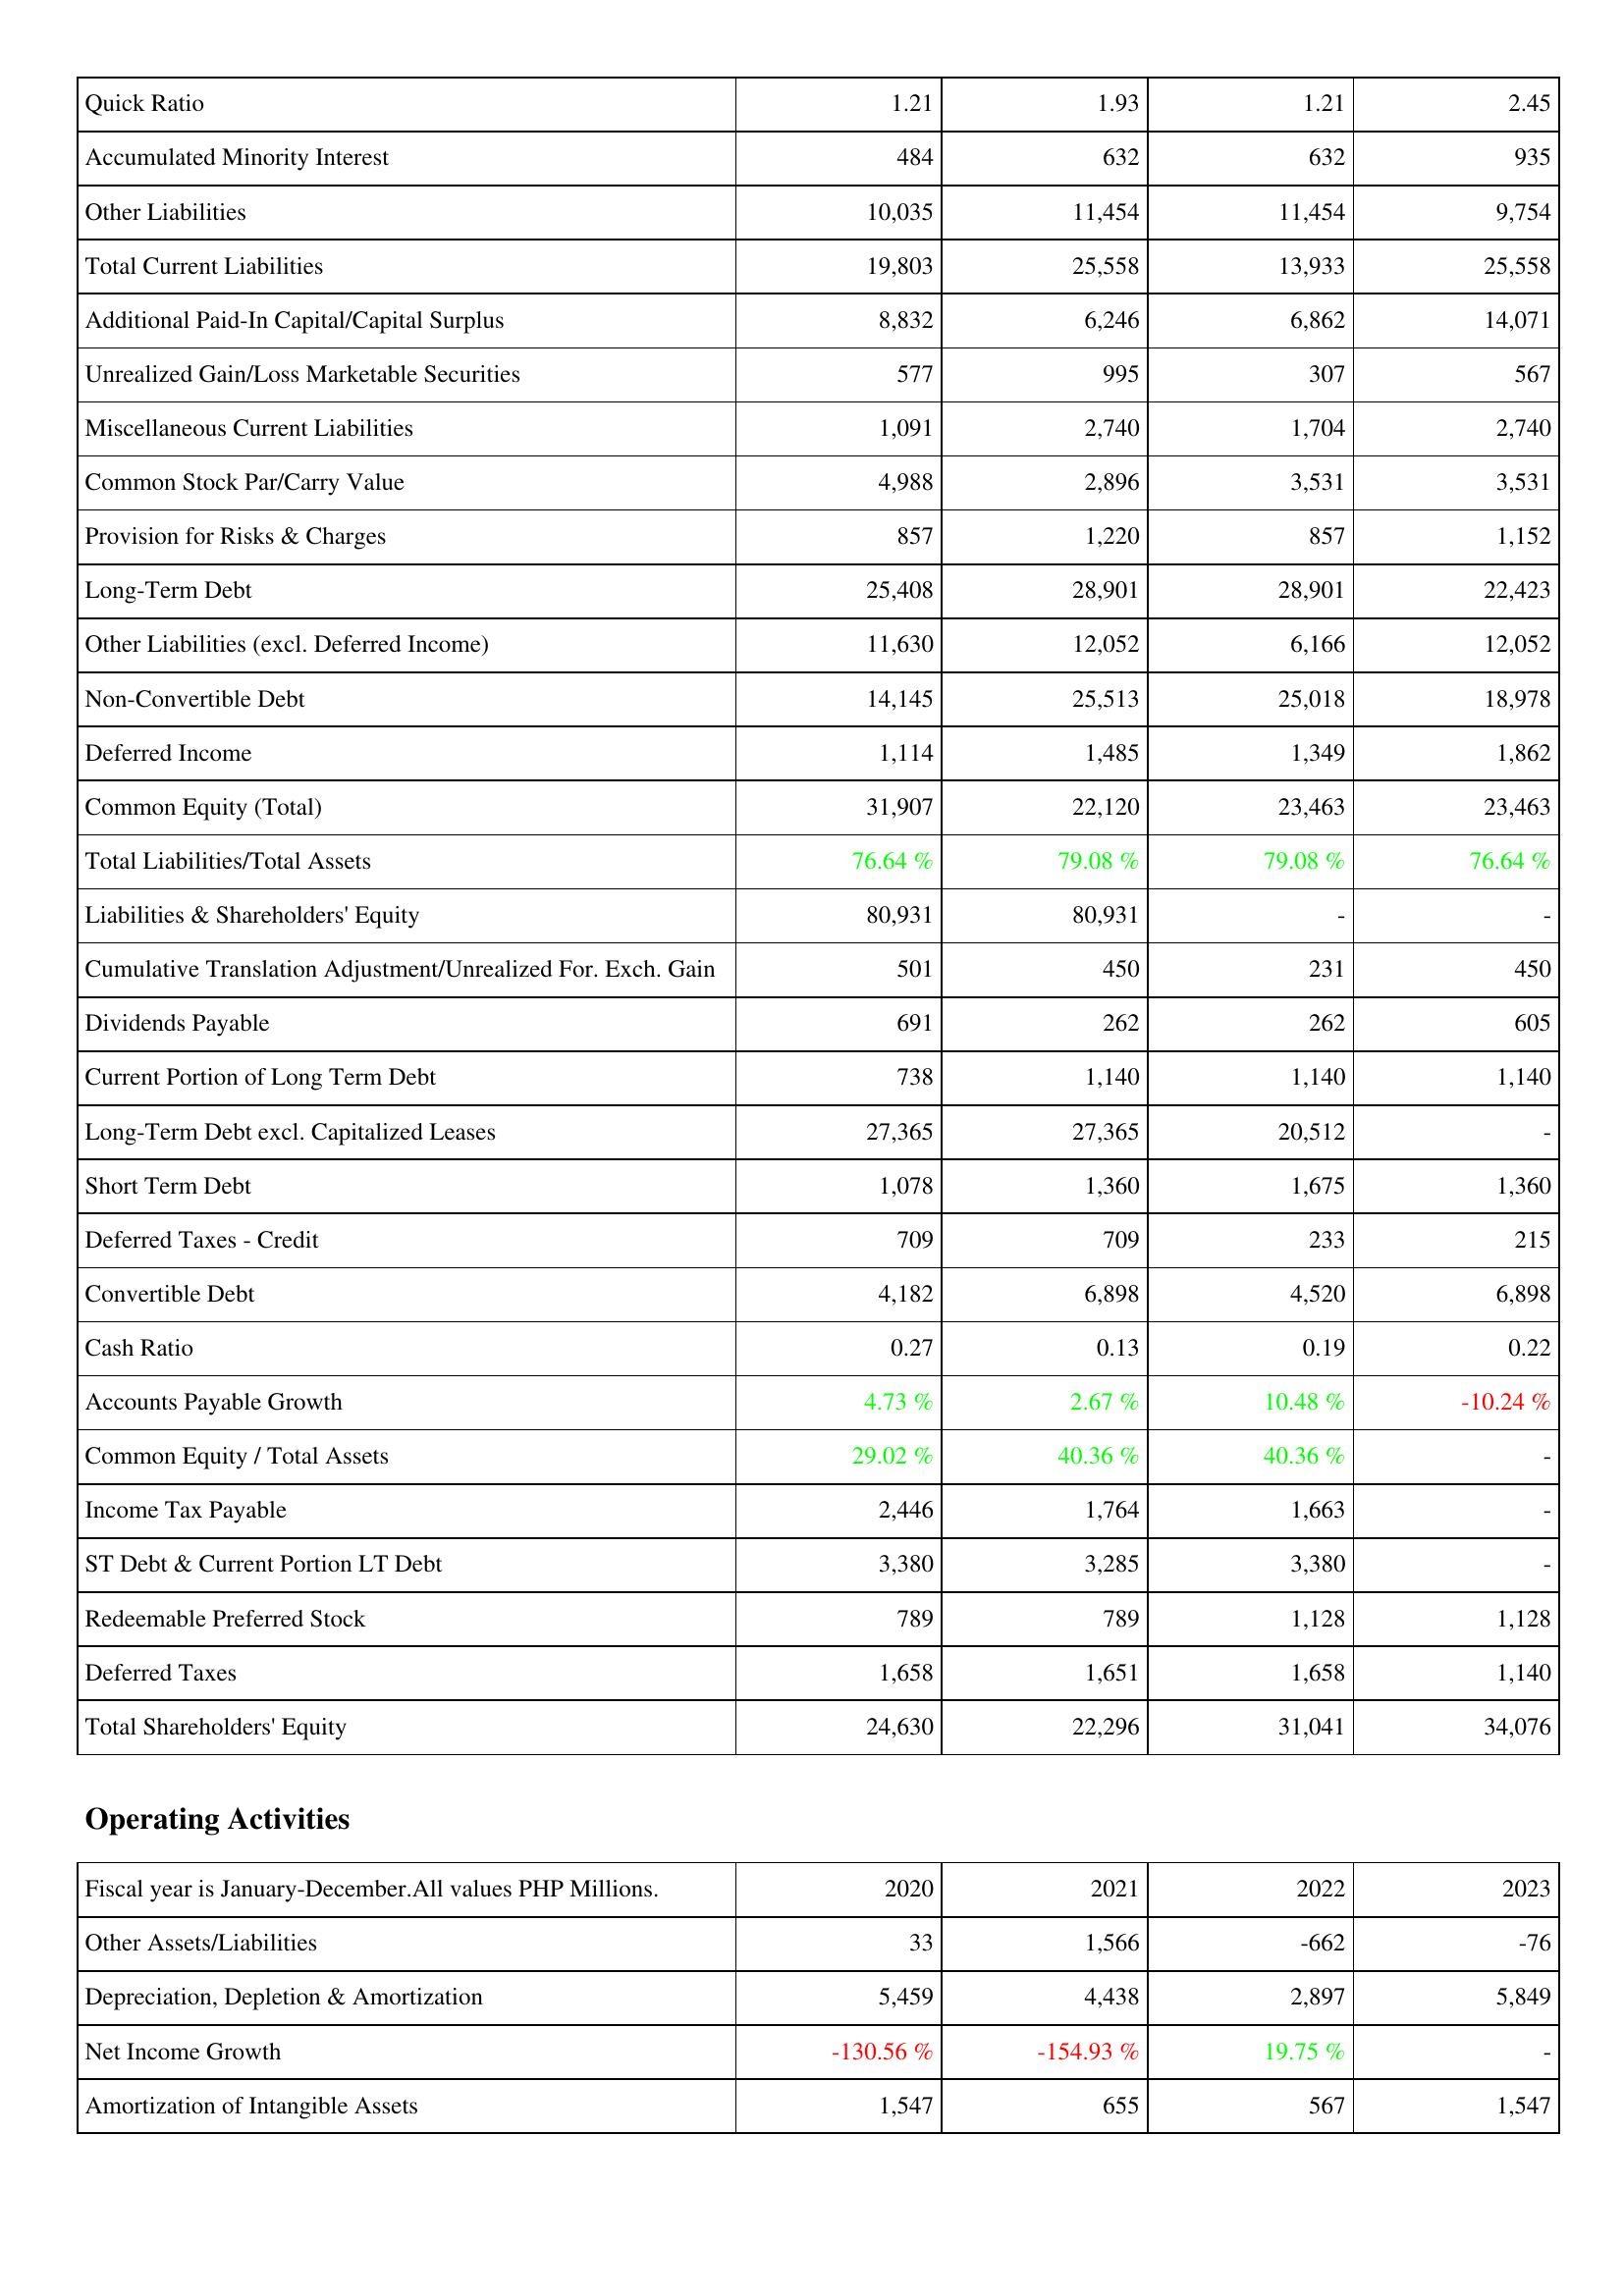
2020: Liabilities & Shareholders' Equity: Quick Ratio: 1.21
Accumulated Minority Interest: 484
Other Liabilities: 10,035
Total Current Liabilities: 19,803
Additional Paid-In Capital/Capital Surplus: 8,832
Unrealized Gain/Loss Marketable Securities: 577
Miscellaneous Current Liabilities: 1,091
Common Stock Par/Carry Value: 4,988
Provision for Risks & Charges: 857
Long-Term Debt: 25,408
Other Liabilities (excl. Deferred Income): 11,630
Non-Convertible Debt: 14,145
Deferred Income: 1,114
Common Equity (Total): 31,907
Total Liabilities/Total Assets: 76.64 %
Liabilities & Shareholders' Equity: 80,931
Cumulative Translation Adjustment/Unrealized For. Exch. Gain: 501
Dividends Payable: 691
Current Portion of Long Term Debt: 738
Long-Term Debt excl. Capitalized Leases: 27,365
Short Term Debt: 1,078
Deferred Taxes - Credit: 709
Convertible Debt: 4,182
Cash Ratio: 0.27
Accounts Payable Growth: 4.73 %
Common Equity / Total Assets: 29.02 %
Income Tax Payable: 2,446
ST Debt & Current Portion LT Debt: 3,380
Redeemable Preferred Stock: 789
Deferred Taxes: 1,658
Total Shareholders' Equity: 24,630
Operating Activities: Other Assets/Liabilities: 33
Depreciation, Depletion & Amortization: 5,459
Net Income Growth: -130.56 %
Amortization of Intangible Assets: 1,547
2021: Liabilities & Shareholders' Equity: Quick Ratio: 1.93
Accumulated Minority Interest: 632
Other Liabilities: 11,454
Total Current Liabilities: 25,558
Additional Paid-In Capital/Capital Surplus: 6,246
Unrealized Gain/Loss Marketable Securities: 995
Miscellaneous Current Liabilities: 2,740
Common Stock Par/Carry Value: 2,896
Provision for Risks & Charges: 1,220
Long-Term Debt: 28,901
Other Liabilities (excl. Deferred Income): 12,052
Non-Convertible Debt: 25,513
Deferred Income: 1,485
Common Equity (Total): 22,120
Total Liabilities/Total Assets: 79.08 %
Liabilities & Shareholders' Equity: 80,931
Cumulative Translation Adjustment/Unrealized For. Exch. Gain: 450
Dividends Payable: 262
Current Portion of Long Term Debt: 1,140
Long-Term Debt excl. Capitalized Leases: 27,365
Short Term Debt: 1,360
Deferred Taxes - Credit: 709
Convertible Debt: 6,898
Cash Ratio: 0.13
Accounts Payable Growth: 2.67 %
Common Equity / Total Assets: 40.36 %
Income Tax Payable: 1,764
ST Debt & Current Portion LT Debt: 3,285
Redeemable Preferred Stock: 789
Deferred Taxes: 1,651
Total Shareholders' Equity: 22,296
Operating Activities: Other Assets/Liabilities: 1,566
Depreciation, Depletion & Amortization: 4,438
Net Income Growth: -154.93 %
Amortization of Intangible Assets: 655
2022: Liabilities & Shareholders' Equity: Quick Ratio: 1.21
Accumulated Minority Interest: 632
Other Liabilities: 11,454
Total Current Liabilities: 13,933
Additional Paid-In Capital/Capital Surplus: 6,862
Unrealized Gain/Loss Marketable Securities: 307
Miscellaneous Current Liabilities: 1,704
Common Stock Par/Carry Value: 3,531
Provision for Risks & Charges: 857
Long-Term Debt: 28,901
Other Liabilities (excl. Deferred Income): 6,166
Non-Convertible Debt: 25,018
Deferred Income: 1,349
Common Equity (Total): 23,463
Total Liabilities/Total Assets: 79.08 %
Liabilities & Shareholders' Equity: -
Cumulative Translation Adjustment/Unrealized For. Exch. Gain: 231
Dividends Payable: 262
Current Portion of Long Term Debt: 1,140
Long-Term Debt excl. Capitalized Leases: 20,512
Short Term Debt: 1,675
Deferred Taxes - Credit: 233
Convertible Debt: 4,520
Cash Ratio: 0.19
Accounts Payable Growth: 10.48 %
Common Equity / Total Assets: 40.36 %
Income Tax Payable: 1,663
ST Debt & Current Portion LT Debt: 3,380
Redeemable Preferred Stock: 1,128
Deferred Taxes: 1,658
Total Shareholders' Equity: 31,041
Operating Activities: Other Assets/Liabilities: -662
Depreciation, Depletion & Amortization: 2,897
Net Income Growth: 19.75 %
Amortization of Intangible Assets: 567
2023: Liabilities & Shareholders' Equity: Quick Ratio: 2.45
Accumulated Minority Interest: 935
Other Liabilities: 9,754
Total Current Liabilities: 25,558
Additional Paid-In Capital/Capital Surplus: 14,071
Unrealized Gain/Loss Marketable Securities: 567
Miscellaneous Current Liabilities: 2,740
Common Stock Par/Carry Value: 3,531
Provision for Risks & Charges: 1,152
Long-Term Debt: 22,423
Other Liabilities (excl. Deferred Income): 12,052
Non-Convertible Debt: 18,978
Deferred Income: 1,862
Common Equity (Total): 23,463
Total Liabilities/Total Assets: 76.64 %
Liabilities & Shareholders' Equity: -
Cumulative Translation Adjustment/Unrealized For. Exch. Gain: 450
Dividends Payable: 605
Current Portion of Long Term Debt: 1,140
Long-Term Debt excl. Capitalized Leases: -
Short Term Debt: 1,360
Deferred Taxes - Credit: 215
Convertible Debt: 6,898
Cash Ratio: 0.22
Accounts Payable Growth: -10.24 %
Common Equity / Total Assets: -
Income Tax Payable: -
ST Debt & Current Portion LT Debt: -
Redeemable Preferred Stock: 1,128
Deferred Taxes: 1,140
Total Shareholders' Equity: 34,076
Operating Activities: Other Assets/Liabilities: -76
Depreciation, Depletion & Amortization: 5,849
Net Income Growth: -
Amortization of Intangible Assets: 1,547